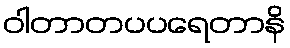
ဝါတာတပပရေတာနိ